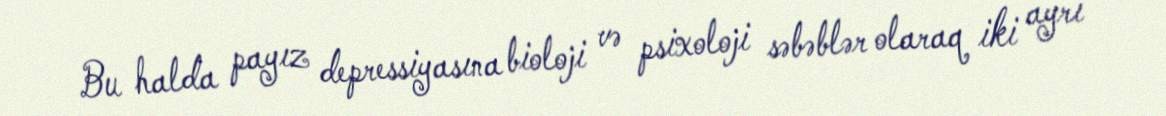
Bu halda payız depressiyasına bioloji və psixoloji səbəblər olaraq iki ayrı